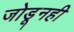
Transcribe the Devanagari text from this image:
जोडूनही